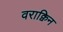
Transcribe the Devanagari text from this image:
वराक्विन